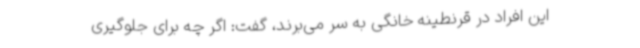
این افراد در قرنطینه خانگی به سر می‌برند، گفت: اگر چه برای جلوگیری